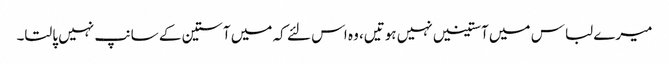
میرے لباس میں آستینیں نہیں ہوتیں، وہ اس لئے کہ میں آستین کے سانپ نہیں پالتا۔